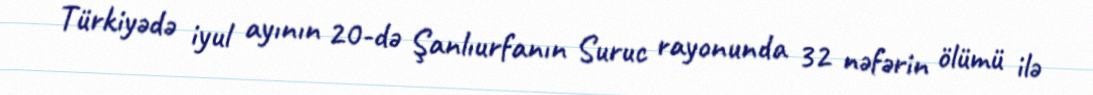
Türkiyədə iyul ayının 20-də Şanlıurfanın Suruc rayonunda 32 nəfərin ölümü ilə